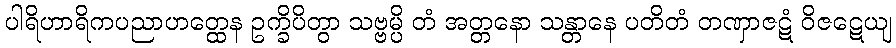
ပါရိဟာရိကပညာဟတ္ထေန ဥက္ခိပိတွာ သဗ္ဗမ္ပိ တံ အတ္တနော သန္တာနေ ပတိတံ တဏှာဇဋံ ဝိဇဋေယျ